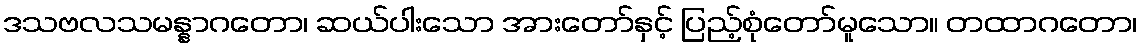
ဒသဗလသမန္နာဂတော၊ ဆယ်ပါးသော အားတော်နှင့် ပြည့်စုံတော်မူသော။ တထာဂတော၊